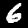
Label: 6